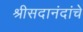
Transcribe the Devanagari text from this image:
श्रीसदानंदांचे